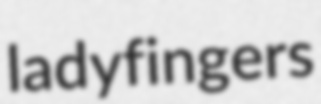
ladyfingers